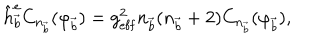
LaTeX: \hat { h } _ { \vec { b } } ^ { \mathrm { e } } C _ { n _ { \vec { b } } } ( \varphi _ { \vec { b } } ) = g _ { \mathrm { e f f } } ^ { 2 } n _ { \vec { b } } ( n _ { \vec { b } } + 2 ) C _ { n _ { \vec { b } } } ( \varphi _ { \vec { b } } ) ,